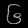
Digit: ၆